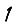
Digit: 1